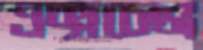
এক্সচেঞ্জ